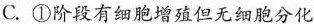
C.①阶段有细胞增殖但无细胞分化